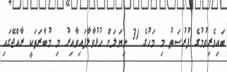
ބައިވެރިވުމުގެ ފުރުސަތު މި މަހުގެ 31 ނިޔަލަށް ހުޅުވާލާފައިވާއިރު މި މުބާރަތަކީ ރާއްޖޭގައި